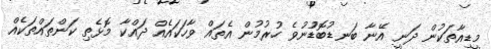
މީޑިއާތަކުން ދަނީ އޭނާ ބަނޑުބޮޑުުނުވެ ހުރުމުން އެތައް ވާހަކައެއް ދައްކާ މޮޅެތި ކަންތައްތަކެއް